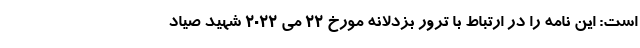
است: این نامه را در ارتباط با ترور بزدلانه مورخ 22 می 2022 شهید صیاد